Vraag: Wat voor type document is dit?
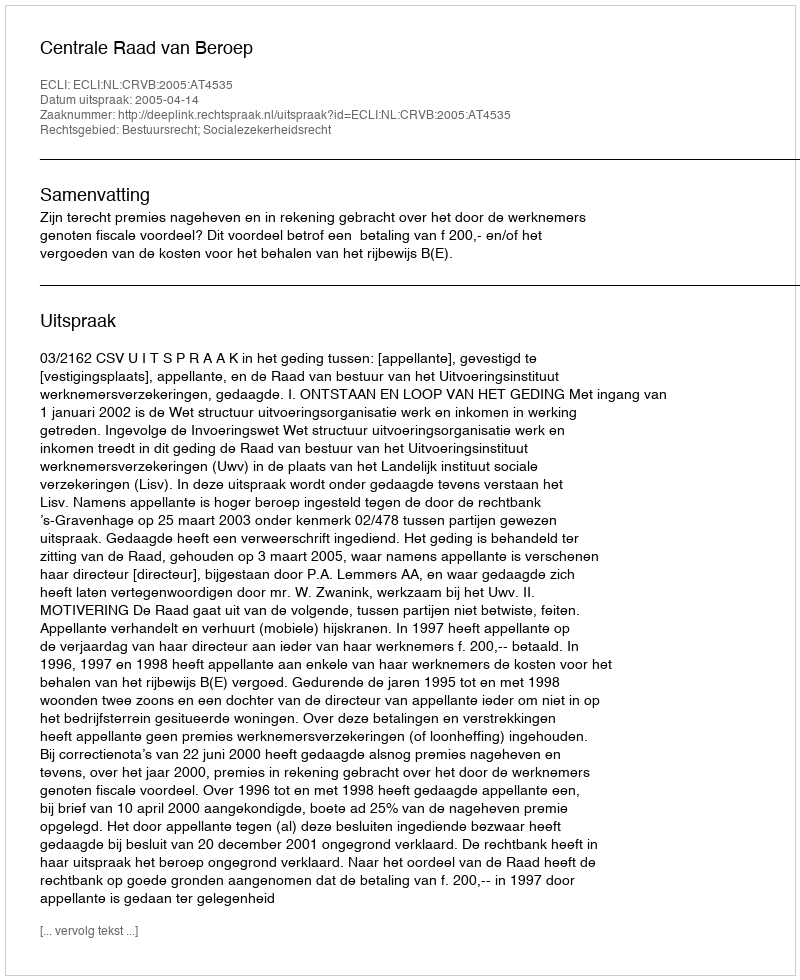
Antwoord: Uitspraak